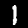
Label: 1